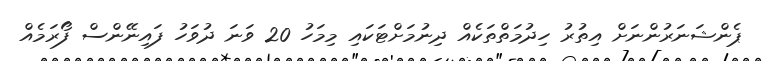
ޕެންޝަނަރުންނަށް އިތުރު ހިދުމަތްތަކެއް ދިނުމަށްޓަކައި މިމަހު 20 ވަނަ ދުވަހު ފައިނޭންސް ފޯރަމެއް